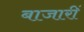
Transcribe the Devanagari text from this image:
बाजारीं